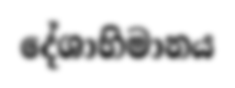
දේශාභිමානය